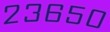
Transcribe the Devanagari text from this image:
२३६५०